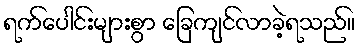
ရက်ပေါင်းများစွာ ခြေကျင်လာခဲ့ရသည်။